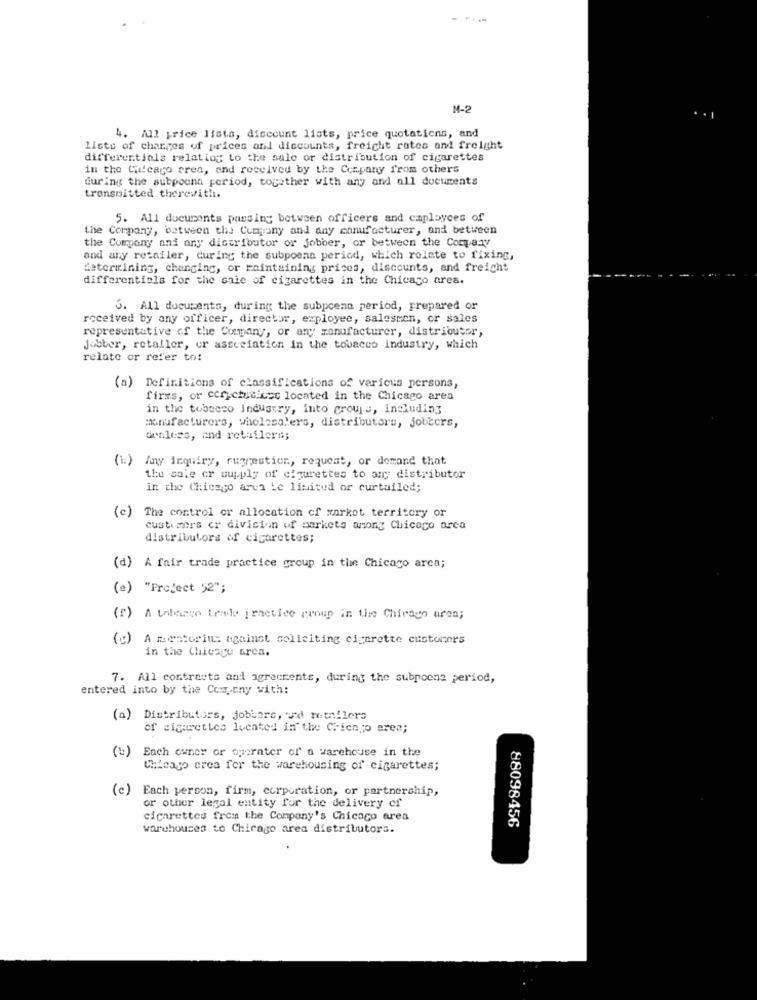
---
M-2
4. All price lista, discount lists, price quotations, and
lists of charges of prices and discounts, freight rates and freight
differentials relating to the sale or distribution of cigarettes
in the Chicago crea, and received by the Company from others
during the subpoena period, together with any and all documents
transmitted therewith.
5. All documents passing between officers and caplayces of
the Company, between the Company and any manufacturer, and between
the Company and any distributor or jobber, or between the Company
and any retailer, during the subpoena period, which relate to fixing,
determining, changing, or maintaining prices, discounts, and freight
differentials for the sale of cigarettes in the Chicago ares.
3. All documents, during the subpoena period, prepared or
received by any officer, director, exployee, salesmen, or sales
representative of the Curmany, or any manufacturer, distributor,
Jobber, retailer, er association in the tobacco industry, which
relate or refer to!
(a) Definitions of classifications of various persons,
firms, or ccr chutiuse located in the Chicago area
in the tobacco industry, into croujs, including
manufacturers, wholesalers, distributors, jobbors,
denless, and retailers;
(i) Any inquiry, ruggestion, request, or demand that
the sole cr supply of cigarettes to ar distributor
in the Chicago area Le limited or curtailed;
(c) The control or allocation of market territory or
customers cr division of markets among Chicago area
distributors of cigarettes;
(a) A fair trade practice group in the Chicago area;
(e) "Project 52";
(f) A tohango Lerle practice proup in the Chicago area;
(g) A mentoriuc against soliciting cigarette custurers
in the Chicago arca.
7. All contracts and agreements, during the subpoena period,
entered into by the Company with:
(a) Distributors, jobbors, i'd retailers
of cigarettes Ivented in' the Chien ;p eres;
(b) Each owner or operater of a warehouse in the
Chicago area for the warehousing of cigarettes;
(c) Each person, firm, corporation, or partnership,
or other legal entity for the delivery of
cigarettes from the Company's Chicago area
88098456
warehouses to Chicago area distributors.